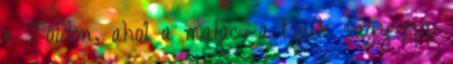
a Földön, ahol a malac, a tyúk vagy épp